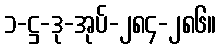
၁-ဋ္ဌ-ဒု-အုပ်-၂၈၄-၂၈၆။